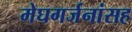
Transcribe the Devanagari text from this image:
मेघगर्जनांसह